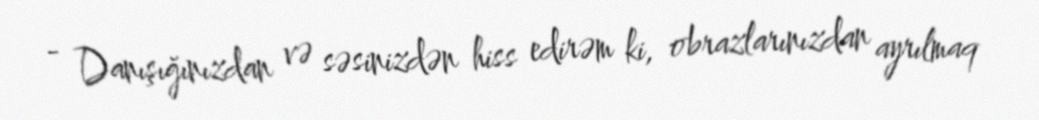
- Danışığınızdan və səsinizdən hiss edirəm ki, obrazlarınızdan ayrılmaq